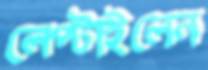
লেপ্‌টাইলেন